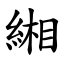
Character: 緗